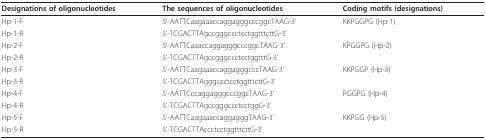
<table><thead><tr><td><b>Designations of oligonucleotides</b></td><td><b>The sequences of oligonucleotides</b></td><td><b>Coding motifs (designations)</b></td></tr></thead><tbody><tr><td>Hp-1-F</td><td>5&#x27;-AATTCaagaaaccaggagggcccggcTAAG-3&#x27;</td><td>KKPGGPG (Hp-1)</td></tr><tr><td>Hp-1-R</td><td>5&#x27;-TCGACTTAgccgggccctcctggtttcttG-3&#x27;</td><td></td></tr><tr><td>Hp-2-F</td><td>5&#x27;-AATTCaaaccaggagggcccggcTAAG-3&#x27;</td><td>KPGGPG (Hp-2)</td></tr><tr><td>Hp-2-R</td><td>5&#x27;-TCGACTTAgccgggccctcctggtttG-3&#x27;</td><td></td></tr><tr><td>Hp-3-F</td><td>5&#x27;-AATTCaagaaaccaggagggcccTAAG-3&#x27;</td><td>KKPGGP (Hp-3)</td></tr><tr><td>Hp-3-R</td><td>5&#x27;-TCGACTTAgggccctcctggtttcttG-3&#x27;</td><td></td></tr><tr><td>Hp-4-F</td><td>5&#x27;-AATTCccaggagggcccggcTAAG-3&#x27;</td><td>PGGPG (Hp-4)</td></tr><tr><td>Hp-4-R</td><td>5&#x27;-TCGACTTAgccgggccctcctggG-3&#x27;</td><td></td></tr><tr><td>Hp-5-F</td><td>5&#x27;-AATTCaagaaaccaggagggTAAG-3&#x27;</td><td>KKPGG (Hp-5)</td></tr><tr><td>Hp-5-R</td><td>5&#x27;-TCGACTTAccctcctggtttcttG-3&#x27;</td><td></td></tr></tbody></table>